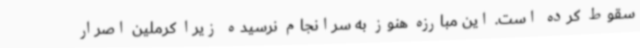
سقوط کرده است. این مبارزه هنوز به سرانجام نرسیده زیرا کرملین اصرار